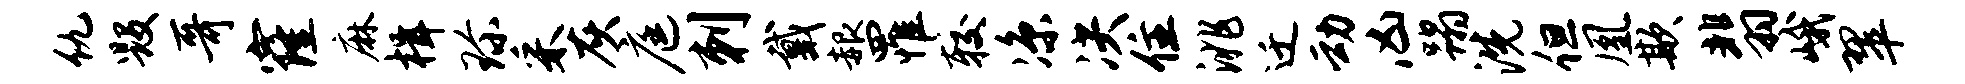
仇毁哥窿麻楫珍采灰庭刺戴赧罹较凉决住洮迁动凶蹋洗但凰欺翡峨翠